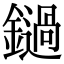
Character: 鐹